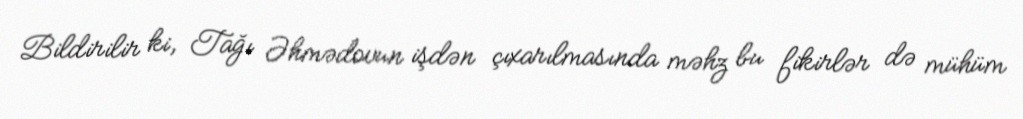
Bildirilir ki, Tağı Əhmədovun işdən çıxarılmasında məhz bu fikirlər də mühüm